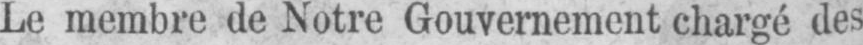
Le membre de Notre Gouvernement chargé des